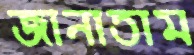
জানাতাম